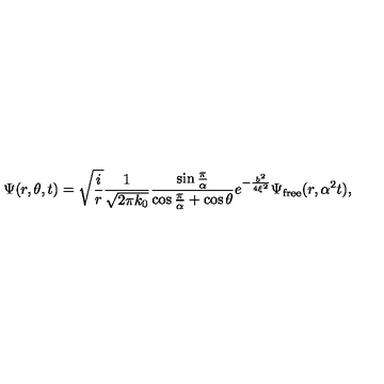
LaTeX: \Psi ( r , \theta , t ) = \sqrt { { \frac { i } { r } } } { \frac { 1 } { \sqrt { 2 \pi k _ { 0 } } } } { \frac { \sin { \frac { \pi } { \alpha } } } { \cos { \frac { \pi } { \alpha } } + \cos \theta } } e ^ { - { \frac { b ^ { 2 } } { 4 \xi ^ { 2 } } } } \Psi _ { \mathrm { { f r e e } } } ( r , \alpha ^ { 2 } t ) ,